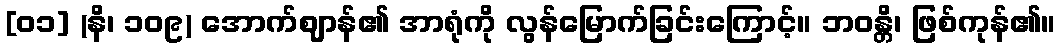
[၀၁] (နိ၊ ၁၀၉) အောက်ဈာန်၏ အာရုံကို လွန်မြောက်ခြင်းကြောင့်။ ဘဝန္တိ၊ ဖြစ်ကုန်၏။